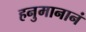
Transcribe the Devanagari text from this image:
हनुमानानं